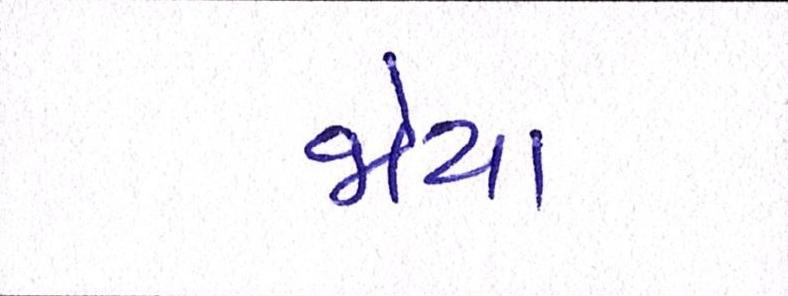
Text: જોયો